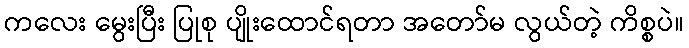
ကလေး မွေးပြီး ပြုစု ပျိုးထောင်ရတာ အတော်မ လွယ်တဲ့ ကိစ္စပဲ။